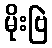
မိုးဗြဲ